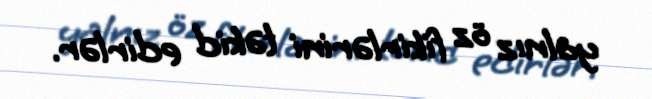
yalnız öz fikirlərini təkid edirlər.